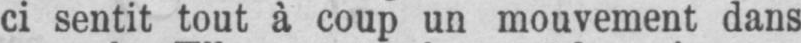
ci sentit tout à coup un mouvement dans